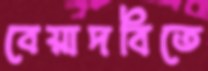
বেয়াদবিতে